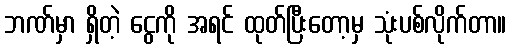
ဘဏ်မှာ ရှိတဲ့ ငွေကို အရင် ထုတ်ပြီးတော့မှ သုံးပစ်လိုက်တာ။